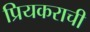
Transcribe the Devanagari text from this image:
प्रियकराची